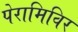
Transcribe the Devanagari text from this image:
पेरामिविर